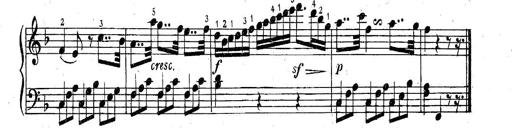
Title: 6 Easy Sonatinas
Composer: Carl Czerny